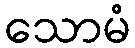
သောမံ